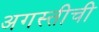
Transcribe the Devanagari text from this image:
अगस्तीची